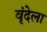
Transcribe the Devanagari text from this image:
वृंदेला